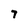
Character: 7